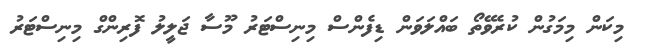
މިކަން މިމަގުން ކުރެވޭތޯ ބައްލަވަން ޑިފެންސް މިނިސްޓަރު މޫސާ ޖަލީލު ފޮރިންގް މިނިސްޓަރު